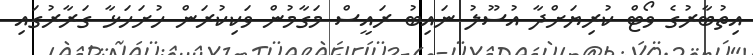
އިތުބާރުގެ ވޯޓް ކުރިޔަށްދާ އުސޫލު ނައިބު ރައީސް މަގާމުން ވަކިކުރަން ހުށަހަޅާ ގަރާރުގައި